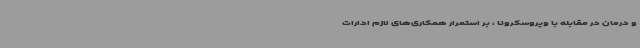
و درمان در مقابله با ویروسکرونا ، بر استمرار همکاری‌های لازم ادارات